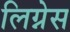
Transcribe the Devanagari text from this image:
लिग्नेस